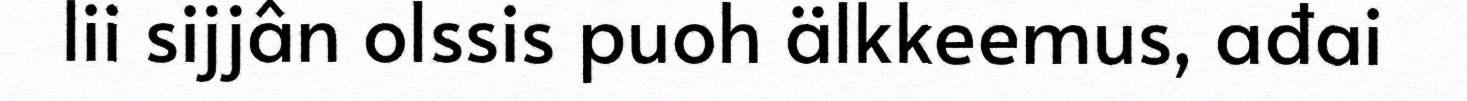
lii sijjân olssis puoh älkkeemus, ađai